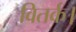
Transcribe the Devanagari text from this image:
वितर्क।